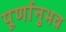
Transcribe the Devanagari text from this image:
पूर्णानुभव